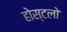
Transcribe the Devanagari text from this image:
होस्टलो